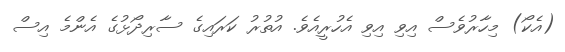
(އެކޯ) މިހާރުވެސް އިވި އިވި އެހުރީއެވެ. އުތުރު ކަރައިގެ ސާރިދޯޅުގެ އެންމެ އިސް